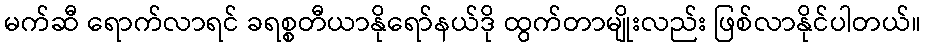
မက်ဆီ ရောက်လာရင် ခရစ္စတီယာနိုရော်နယ်ဒို ထွက်တာမျိုးလည်း ဖြစ်လာနိုင်ပါတယ်။